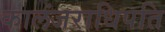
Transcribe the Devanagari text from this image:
कालंजराधिपति